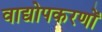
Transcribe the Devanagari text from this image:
वाद्योपकरणों